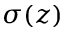
\sigma ( z )